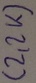
Text: (2,2K)